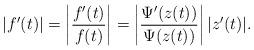
LaTeX: \begin{align*}|f'(t)| & =\left|\frac{f'(t)}{f(t)}\right|=\left|\frac{\Psi'(z(t))}{\Psi(z(t))}\right||z'(t)|.\end{align*}